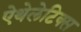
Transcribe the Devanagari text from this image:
ऐथेलेटिक्स